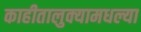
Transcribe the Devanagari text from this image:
काहीतालुक्यामधल्या